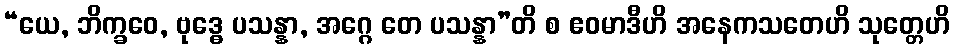
“ယေ, ဘိက္ခဝေ, ဗုဒ္ဓေ ပသန္နာ, အဂ္ဂေ တေ ပသန္နာ”တိ စ ဧဝမာဒီဟိ အနေကသတေဟိ သုတ္တေဟိ